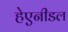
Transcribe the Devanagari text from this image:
हेएनीडल